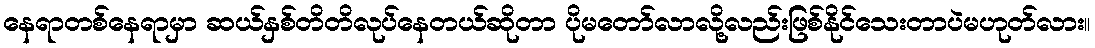
နေရာတစ်နေရာမှာ ဆယ်နှစ်တိတိလုပ်နေတယ်ဆိုတာ ပိုမတော်လာလို့လည်းဖြစ်နိုင်သေးတာပဲမဟုတ်လား။